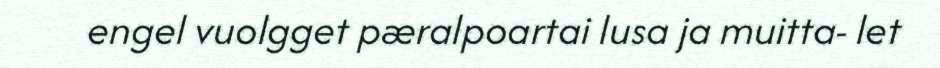
engel vuolgget pæralpoartai lusa ja muitta- let